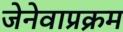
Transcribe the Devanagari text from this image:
जेनेवाप्रक्रम